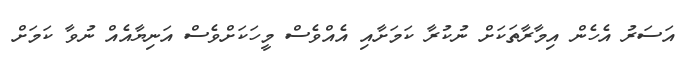
އަސަރު އެހެން އިމާރާތަކަށް ނުކުރާ ކަމަށާއި އެއްވެސް މީހަކަށްވެސް އަނިޔާއެއް ނުވާ ކަމަށް